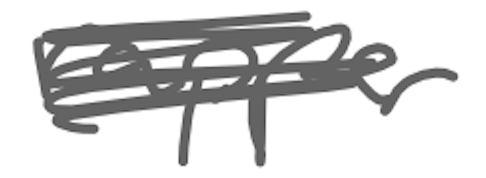
Text: rapper
Cross-out: scratch
Writing tool: digital_gray